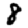
Digit: 8